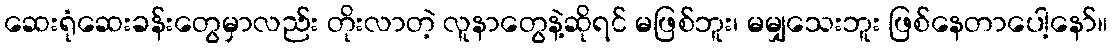
ဆေးရုံဆေးခန်းတွေမှာလည်း တိုးလာတဲ့ လူနာတွေနဲ့ဆိုရင် မဖြစ်ဘူး၊ မမျှသေးဘူး ဖြစ်နေတာပေါ့နော်။